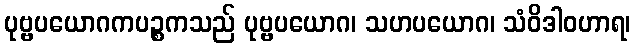
ပုဗ္ဗပယောဂကပဉ္စကသည် ပုဗ္ဗပယောဂ၊ သဟပယောဂ၊ သံဝိဒါဝဟာရ၊